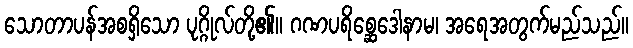
သောတာပန်အစရှိသော ပုဂ္ဂိုလ်တို့၏။ ဂဏပရိစ္ဆေဒေါနာမ၊ အရေအတွက်မည်သည်။